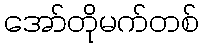
အော်တိုမက်တစ်